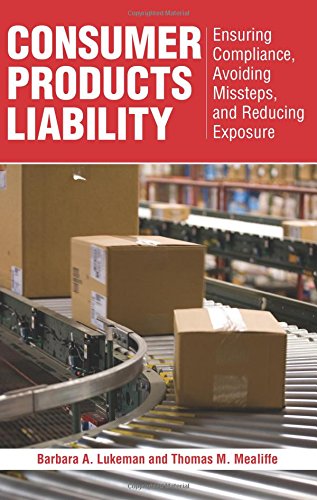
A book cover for Consumer Products Liability: Ensuring Compliance, Avoiding Missteps, and Reducing Exposure; Barbara A. Lukeman; Law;